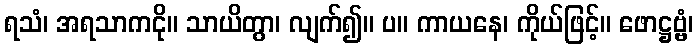
ရသံ၊ အရသာကငို။ သာယိတွာ၊ လျက်၍။ ပ။ ကာယနေ၊ ကိုယ်ဖြင့်။ ဖောဋ္ဌဗ္ဗံ၊